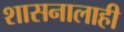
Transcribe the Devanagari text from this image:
शासनालाही